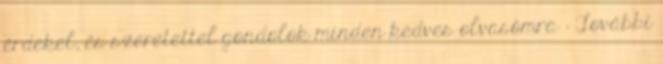
érdekel, és szeretettel gondolok minden kedves olvasómra : További